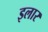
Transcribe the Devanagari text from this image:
इलार